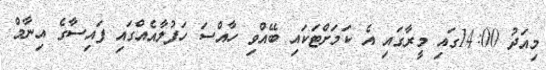
މިއަދު 14:00ގައި މީރާގައި އެ ކަމަށްޓަކައި ބޭއްވި ހާއްސަ ހަފުލާއެއްގައި ފައިސާގެ އިނާމް